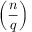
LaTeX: \left( { \frac { n } { q } } \right)